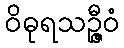
ဝိဓုရသဉ္ဇီဝံ